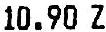
10.90 Z